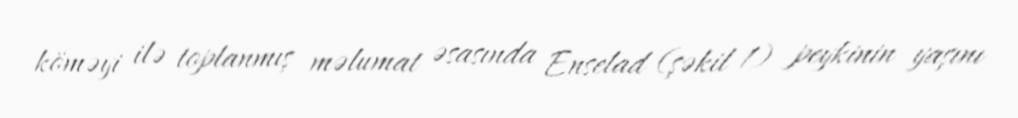
köməyi ilə toplanmış məlumat əsasında Enselad (şəkil 1) peykinin yaşını